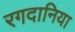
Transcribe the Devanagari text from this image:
रगदानिया